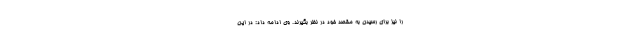
را نیز برای رسیدن به مقصد خود در نظر بگیرند. وی ادامه داد: در این